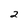
Character: 2